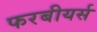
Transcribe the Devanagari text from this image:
फरबीयर्स